Madras plague regulations in force outside the Presidency town - Volume 4
Disease focus: Plague
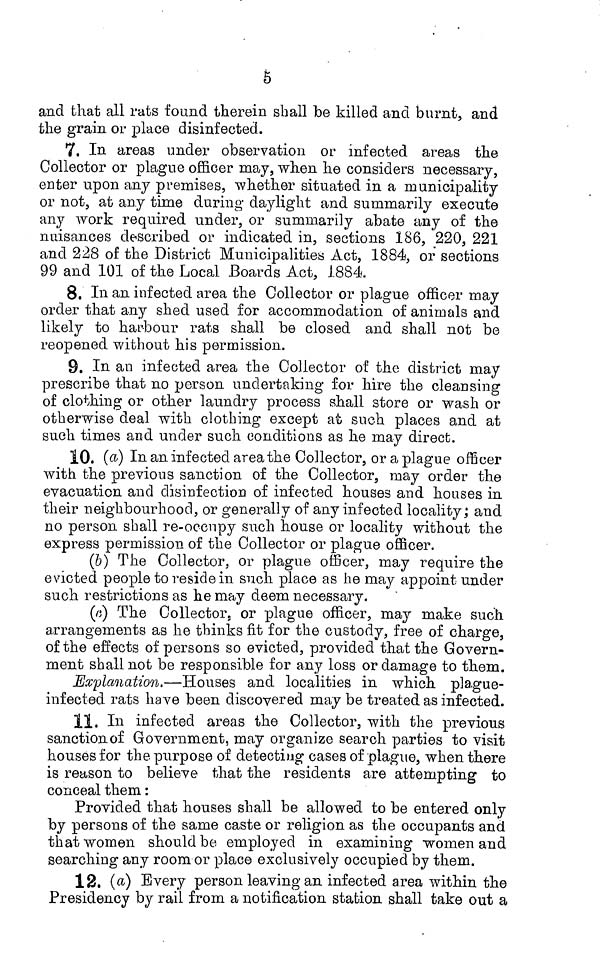
5
and that all rats found therein shall be killed and burnt, and
the grain or place disinfected.
7. In areas under observation or infected areas the
Collector or plague officer may, when he considers necessary,
enter upon any premises, whether situated in a municipality
or not, at any time during daylight and summarily execute
any work required under, or summarily abate any of the
nuisances described or indicated in, sections 186, 220, 221
and 228 of the District Municipalities Act, 1884, or sections
99 and 101 of the Local Boards Act, 1884.
8. In an infected area the Collector or plague officer may
order that any shed used for accommodation of animals and
likely to harbour rats shall be closed and shall not be
reopened without his permission.
9. In au infected area the Collector of the district may
prescribe that no person undertaking for hire the cleansing
of clothing or other laundry process shall store or wash or
otherwise deal with clothing except at such places and at
such times and under such conditions as he may direct.
10. (a) In an infected area the Collector, or a plague officer
with the previous sanction of the Collector, may order the
evacuation and disinfection of infected houses and houses in
their neighbourhood, or generally of any infected locality; and
no person shall re-occupy such house or locality without the
express permission of the Collector or plague officer.
(b) The Collector, or plague officer, may require the
evicted people to reside in such place as he may appoint under
such restrictions as he may deem necessary.
(ß) The Collectors or plague officer, may make such
arrangements as he thinks fit for the custody, free of charge,
of the effects of persons so evicted, provided that the Govern-
ment shall not be responsible for any loss or damage to them.
Explanation.—Houses and localities in which pla.gue-
infected rats have been discovered may be treated as infected.
11. In infected areas the Collector, with the previous
sanction of Government, may organize search parties to visit
houses for the purpose of detecting cases of plague, when there
is reason to believe that the residents are attempting to
conceal them :
Provided that houses shall be allowed to be entered only
by persons of the same caste or religion as the occupants and
that women should be employed in examining women and
searching any room or place exclusively occupied by them.
12. (a) Every person leaving an infected area within the
Presidency by rail from a notification station shall take out a